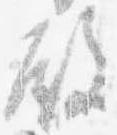
殿